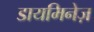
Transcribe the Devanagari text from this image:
डायमिनेज़